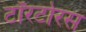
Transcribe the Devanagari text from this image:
टॉरटोरस